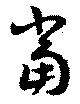
当